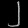
Digit: ၂